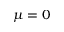
\mu = 0